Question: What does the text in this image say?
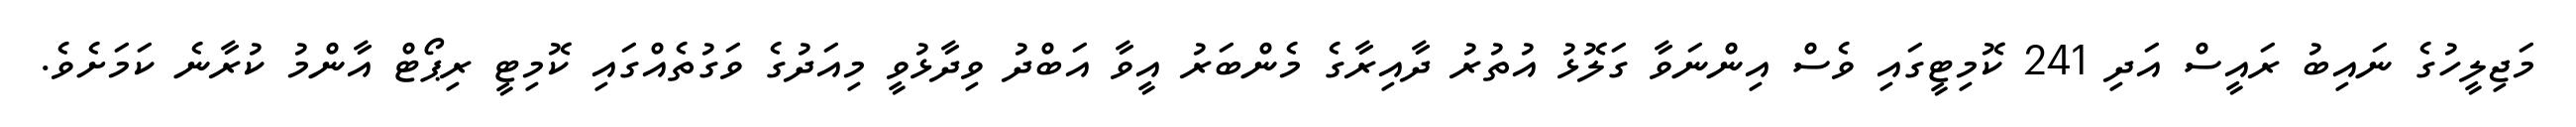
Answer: މަޖިލީހުގެ ނައިބު ރައީސް އަދި 241 ކޮމިޓީގައި ވެސް އިންނަވާ ގަލޮޅު އުތުރު ދާއިރާގެ މެންބަރު އީވާ އަބްދު ވިދާޅުވީ މިއަދުގެ ވަގުތެއްގައި ކޮމިޓީ ރިޕޯޓް އާންމު ކުރާނެ ކަމަށެވެ.